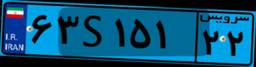
۶۳S۱۵۱۲۲